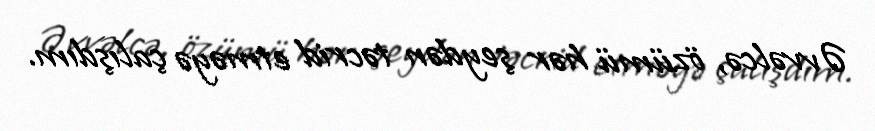
Əvvəlcə, özümü hər şeydən təcrid etməyə çalışdım.